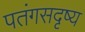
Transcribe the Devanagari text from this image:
पतंगसदृष्य